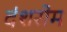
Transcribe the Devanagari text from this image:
दंशरोम